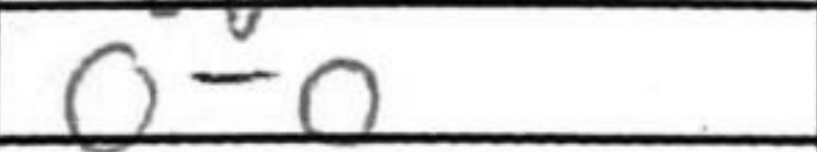
Transcription: O-O